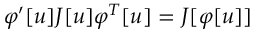
\varphi ^ { \prime } [ u ] J [ u ] \varphi ^ { T } [ u ] = J [ \varphi [ u ] ]